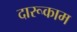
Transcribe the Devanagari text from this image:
दारूकाम